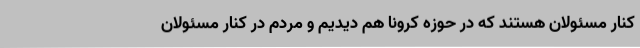
کنار مسئولان هستند که در حوزه کرونا هم دیدیم و مردم در کنار مسئولان